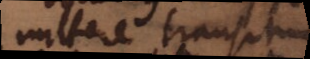
mittere transitum